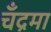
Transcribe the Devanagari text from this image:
चँद्रमा